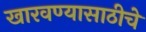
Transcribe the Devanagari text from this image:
खारवण्यासाठीचे